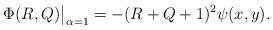
LaTeX: \begin{align*}\Phi(R,Q)\big|_{\alpha=1}=-(R+Q+1)^2\psi(x,y).\end{align*}